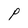
Character: P